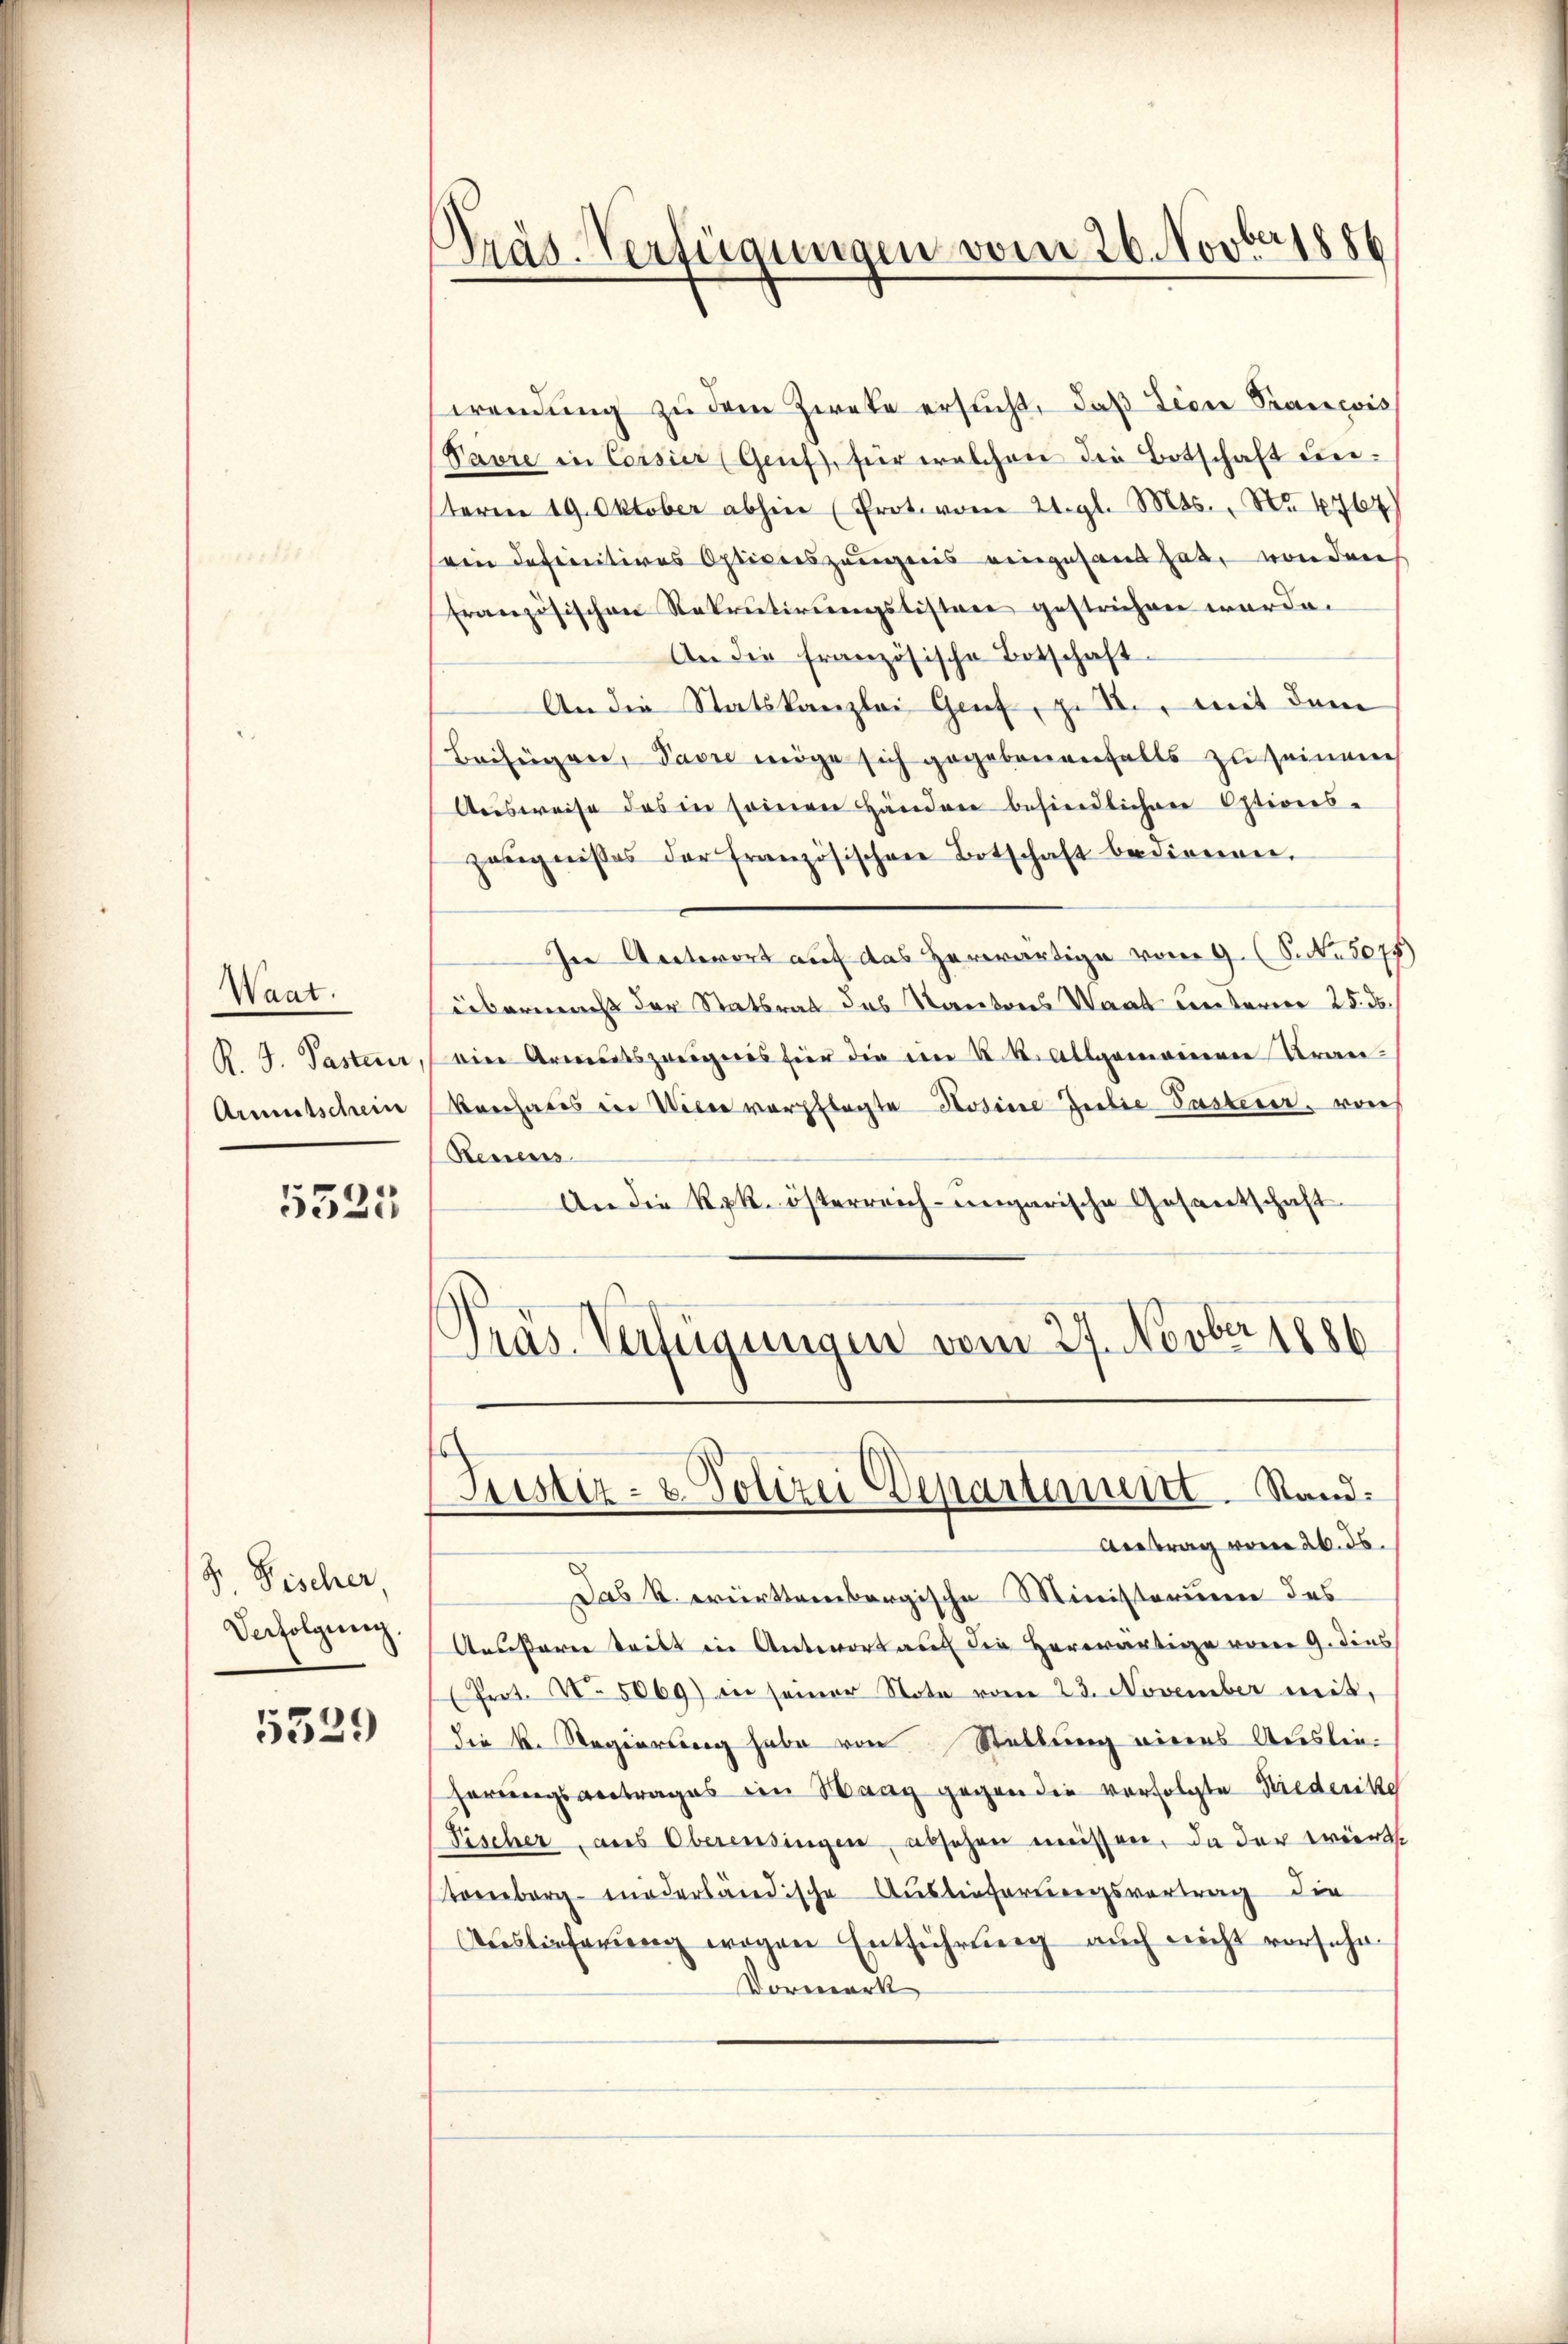
Waat.
R. G. Paster
Armutschein

5525

S. Fischer,
Verfolgung.

5329

Präs. Verfügungen vom 26. Novbr. 1886

wendung zu dem Zweke ersucht, daß dien Prancois
Pavre in Coisier (Genf), für welchen die Botschaft unteren 19. Oktober abhin (Prote von 21. gl. Mts., Nr. 4764)
ein definitives Optiverszeugnis eingesand hab, von den
französischen Rekrutirungslistere gestrichen wurde.
An die französische Botschaft.
An die Statskanzlei Genf, z. B., mit dem
Beifügen, Pavi möge sich gegebenenfalls zu seine
Ausweise des in seinen Händen befindlichen Options-
zeŭgnisses der französischen Botschaft bedienen.
In Antwort auf das herwärtige vom 9. (S. Nr. 5075)
übermacht der Statsrat des Rauberes Waat Certarere 25. d.
Die Armutszweigenes für die in K. K. Allgemeinen Kran¬
Kenchales der Wiese verpflegte Hosine Zeilie Pasterer, vorh
Renens
An die Rpk. österreich-ungarische Gesantschaft
Präs. Verfügungen vom 27. Novber 1886

Justiz- & Polizei Departement. Stand.
Antrag vom 26. ds.

Das k. württembergische Ministerium des
Aeußerer tritt in Antwort auf die Herwärtige vor G. dies
(Frot. No. 5069) in seiner Note vom 23. November mit,
die k. Regierung habe von Stellung eines Auslieherungsantrages ein Waag gegen die verfolgte Niederike
Fischer, aus Oberensingen, absehen müssen, da der wirts
oborgenderländische Auslieferungsvortrag die
Auslieferung wegen Entführung auch nicht vorsehe¬
Vormerk